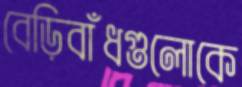
বেড়িবাঁধগুলোকে